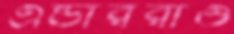
এন্ডাররাও